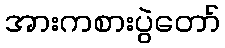
အားကစားပွဲတော်